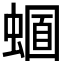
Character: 𧏈